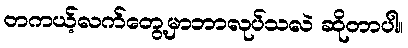
တကယ့်လက်တွေ့မှာဘာလုပ်သလဲ ဆိုတာပါ။